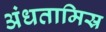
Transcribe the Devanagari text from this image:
अंधतामिस्र